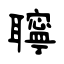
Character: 聹